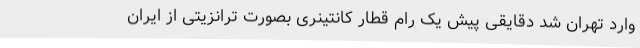
وارد تهران شد دقایقی پیش یک رام قطار کانتینری بصورت ترانزیتی از ایران